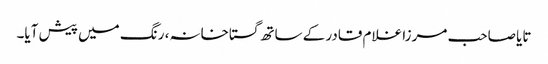
تایا صاحب مرزا غلام قادر کے ساتھ گستاخانہ، رنگ میں پیش آیا۔